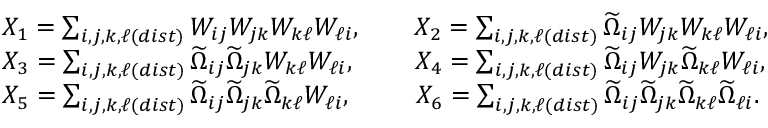
\begin{array} { r l } & { X _ { 1 } = \sum _ { i , j , k , \ell ( d i s t ) } W _ { i j } W _ { j k } W _ { k \ell } W _ { \ell i } , \qquad X _ { 2 } = \sum _ { i , j , k , \ell ( d i s t ) } \widetilde { \Omega } _ { i j } W _ { j k } W _ { k \ell } W _ { \ell i } , } \\ & { X _ { 3 } = \sum _ { i , j , k , \ell ( d i s t ) } \widetilde { \Omega } _ { i j } \widetilde { \Omega } _ { j k } W _ { k \ell } W _ { \ell i } , \qquad \; X _ { 4 } = \sum _ { i , j , k , \ell ( d i s t ) } \widetilde { \Omega } _ { i j } W _ { j k } \widetilde { \Omega } _ { k \ell } W _ { \ell i } , } \\ & { X _ { 5 } = \sum _ { i , j , k , \ell ( d i s t ) } \widetilde { \Omega } _ { i j } \widetilde { \Omega } _ { j k } \widetilde { \Omega } _ { k \ell } W _ { \ell i } , \qquad \; \, X _ { 6 } = \sum _ { i , j , k , \ell ( d i s t ) } \widetilde { \Omega } _ { i j } \widetilde { \Omega } _ { j k } \widetilde { \Omega } _ { k \ell } \widetilde { \Omega } _ { \ell i } . } \end{array}